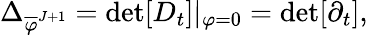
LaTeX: \Delta_{\overline{{{\varphi}}}^{J+1}}=\operatorname*{det}[D_{t}]|_{\varphi=0}=\operatorname*{det}[\partial_{t}],